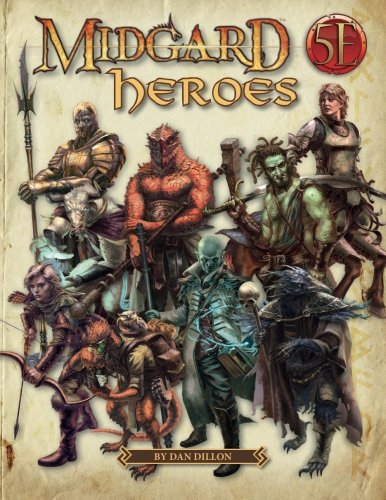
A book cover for Midgard Heroes: New Heroes for 5th Edition; Dan Dillon; Science Fiction & Fantasy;